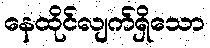
နေထိုင်လျက်ရှိသော